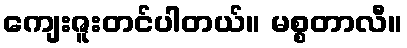
ကျေးဇူးတင်ပါတယ်။ မစ္စတာလီ။